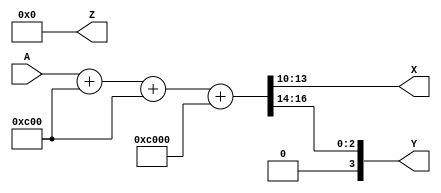
module tempConv (input [9:0]A, output reg [3:0] X, Y, Z);
	reg [21:0] temp;
	always @ (A) begin				// Always block to run when input A changes
		temp = A;
		temp = temp << 00000;
		temp = temp + 12'b110000000000;
		temp = temp << 0;
		temp = temp + 12'b110000000000;
		temp = temp << 00;
		temp = temp + 16'b1100000000000000;
		temp = temp << 00;
		X = temp[13:10];
		Y = temp[17:14];
		Z = temp[21:18];
	end
endmodule